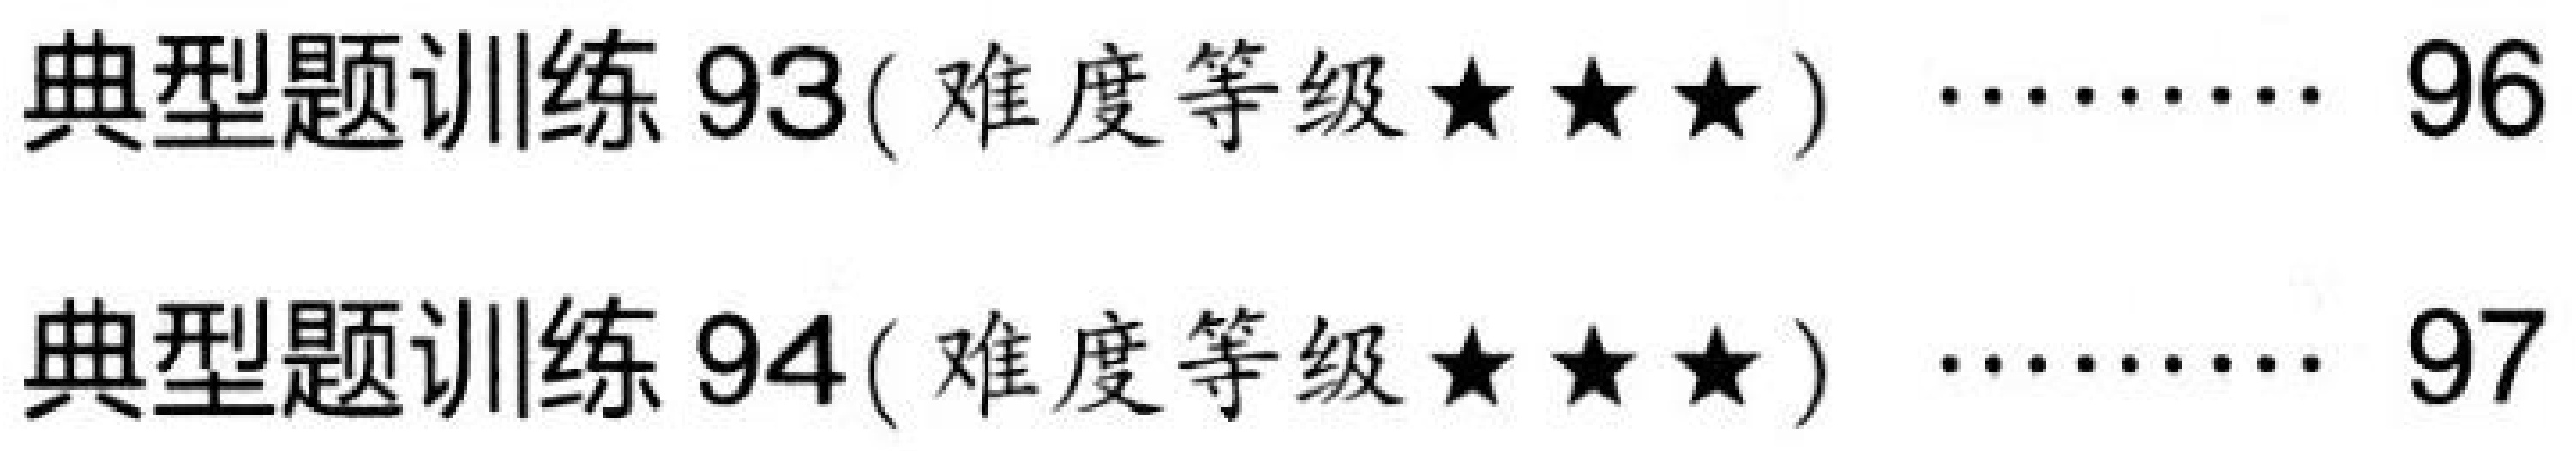
典型题训练 93( 难度等级★★★) \(\cdots\cdots\) 96\\
典型题训练 94( 难度等级★★★) \(\cdots\cdots\) 97